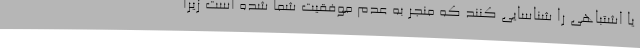
یا اشتباهی را شناسایی کنند که منجر به عدم موفقیت شما شده است زیرا